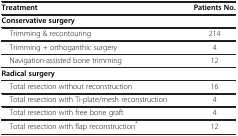
<table><thead><tr><td><b>Treatment</b></td><td><b>Patients No.</b></td></tr></thead><tbody><tr><td><b>Conservative surgery</b></td><td> </td></tr><tr><td> Trimming &amp; recontouring</td><td>214</td></tr><tr><td> Trimming + orthoganthic surgery</td><td>4</td></tr><tr><td> Navigation-assisted bone trimming</td><td>12</td></tr><tr><td><b>Radical surgery</b></td><td> </td></tr><tr><td> Total resection without reconstruction</td><td>16</td></tr><tr><td> Total resection with Ti-plate/mesh reconstruction</td><td>4</td></tr><tr><td> Total resection with free bone graft</td><td>4</td></tr><tr><td> Total resection with flap reconstruction<sup>*</sup></td><td>12</td></tr></tbody></table>